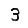
Digit: 3